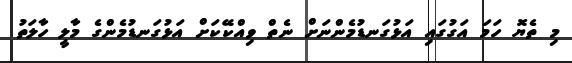
މި ތެޔޮ ހަމަ އަގުގައި އަޅުގަނޑުމެންނަށް ނެތް ވިއްކޭކަށް އަޅުގަނޑުމެންގެ މާލީ ހާލަތު